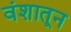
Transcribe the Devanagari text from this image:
वंशातून